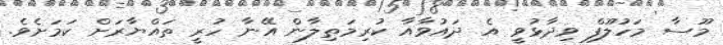
މޫސާ މަހުލޫފް ވިދާޅުވީ އެ ދައުވާއާ ކުރިމަތިލާން އޭނާ ހުރީ ތައްޔާރަށް ކަމަަށެވެ.